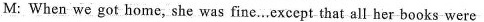
M: When we got home, she was fine……except that all her books were